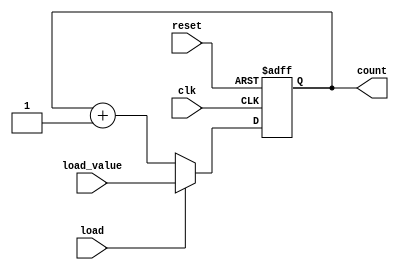
module LoadableCounter #(
    parameter WIDTH = 4 // Define the counter size, e.g., 4-bit
) (
    input wire clk,               // Clock input
    input wire load,              // Load control signal
    input wire [WIDTH-1:0] load_value, // Load value input
    input wire reset,             // Asynchronous reset input
    output reg [WIDTH-1:0] count  // Current count output
);

// Asynchronous reset logic
always @(posedge clk or posedge reset) begin
    if (reset) begin
        count <= 0; // Reset the counter to 0
    end else if (load) begin
        count <= load_value; // Load the specified value
    end else begin
        count <= count + 1; // Increment the counter
    end
end

endmodule